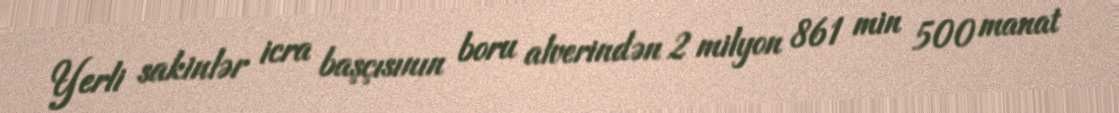
Yerli sakinlər icra başçısının boru alverindən 2 milyon 861 min 500 manat